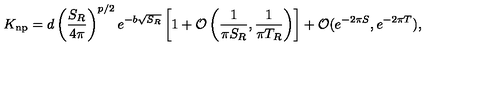
K _ { \mathrm { n p } } = d \left( \frac { S _ { R } } { 4 \pi } \right) ^ { p / 2 } e ^ { - b \sqrt { S _ { R } } } \left[ 1 + { \cal O } \left( \frac { 1 } { \pi S _ { R } } , \frac { 1 } { \pi T _ { R } } \right) \right] + { \cal O } ( e ^ { - 2 \pi S } , e ^ { - 2 \pi T } ) ,